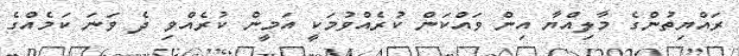
ރައްޔިތުންގެ މާލިއްޔާ އިން ވައްކަން ކުރެއްވުމަކީ އަމީން ކުރެއްވި ދެ ވަނަ ކަމެއްގެ